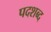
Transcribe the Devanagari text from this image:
पदशब्द